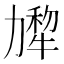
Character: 𰅗